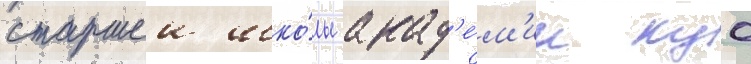
старшеи шко́лы акад'е́м'ии куо